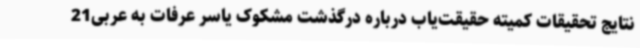
نتایج تحقیقات کمیته حقیقت‌یاب درباره درگذشت مشکوک یاسر عرفات به عربی21